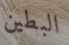
البطين